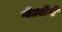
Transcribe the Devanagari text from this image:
गेओर्गे